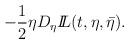
LaTeX: \begin{align*}- \frac{1}{2} \eta D_\eta {I\!\!L}(t,\eta ,\bar\eta ).\end{align*}